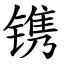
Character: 镌